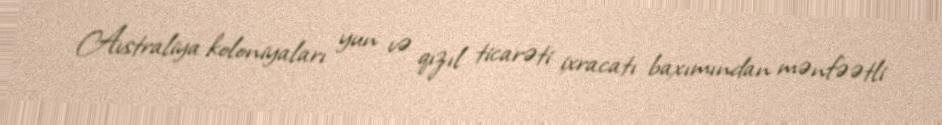
Avstraliya koloniyaları yun və qızıl ticarəti ixracatı baxımından mənfəətli